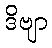
ဒိဗျာ